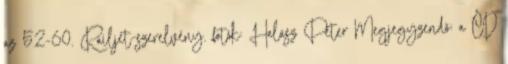
az 52-60. Railjet-szerelvény. fotók: Halász Péter Megjegyzendő: a ČD